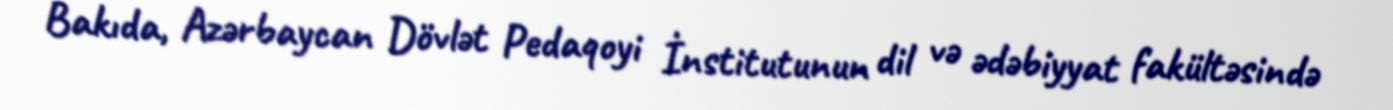
Bakıda, Azərbaycan Dövlət Pedaqoyi İnstitutunun dil və ədəbiyyat fakültəsində